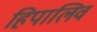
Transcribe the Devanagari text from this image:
हिपालिव